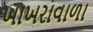
ખાખરાવાળા